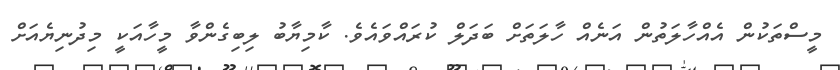
މީސްތަކުން އެއްހާލަތުން އަނެއް ހާލަތަށް ބަދަލް ކުރަައްވައެވެ. ކާމިޔާބު ލިބިގެންވާ މީހާއަކީ މިދުނިޔެއަށް